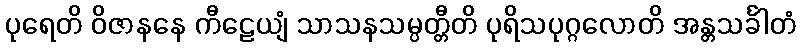
ပုရေတိ ဝိဇာနနေ ကီဠေယျံ သာသနသမ္ပတ္တီတိ ပုရိသပုဂ္ဂလောတိ အန္တသင်္ခါတံ